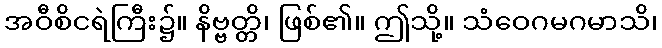
အဝီစိငရဲကြီး၌။ နိဗ္ဗတ္တိ၊ ဖြစ်၏။ ဤသို့။ သံဝေဂမဂမာသိ၊